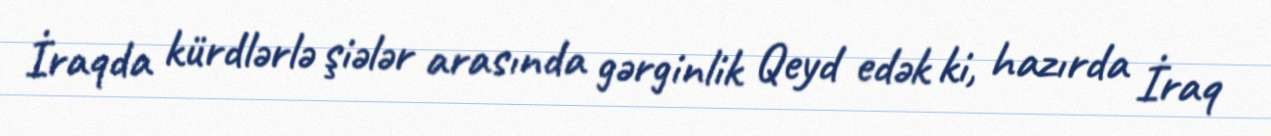
İraqda kürdlərlə şiələr arasında gərginlik Qeyd edək ki, hazırda İraq